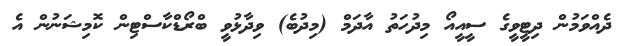
ދެއްވަމުން ދިޓީވީގެ ސީއީއޯ މިދުހަތު އާދަމް (މިދުބެ) ވިދާޅުވީ ބްރޯޑްކާސްޓިން ކޮމިޝަނުން އެ